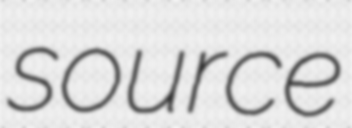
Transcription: source